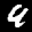
Label: 9